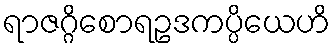
ရာဇဂ္ဂိစောရဥဒကပ္ပိယေဟိ